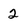
Character: 2